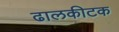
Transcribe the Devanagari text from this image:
ढालकीटक